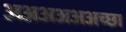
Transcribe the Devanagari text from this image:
अअअअअअच्छा